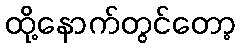
ထို့နောက်တွင်တော့